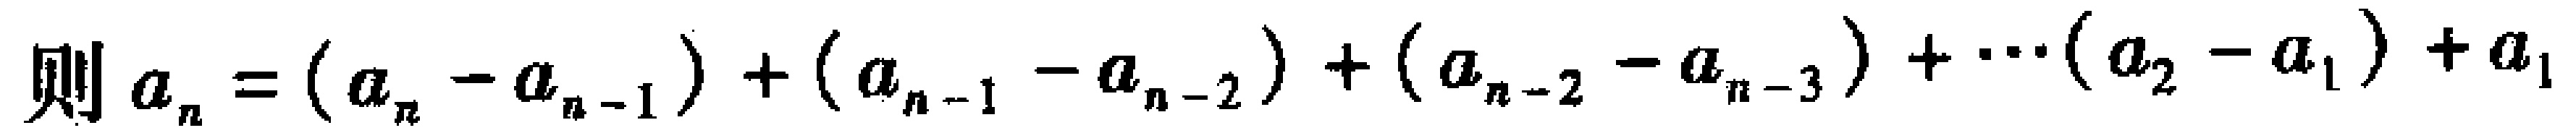
则\(a_{n}=(a_{n}-a_{n - 1})+(a_{n - 1}-a_{n - 2})+(a_{n - 2}-a_{n - 3})+\cdots(a_{2}-a_{1})+a_{1}\)